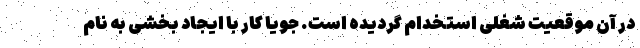
در آن موقعیت شغلی استخدام گردیده است. جویا کار با ایجاد بخشی به نام